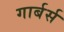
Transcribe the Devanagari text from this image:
गार्बर्स